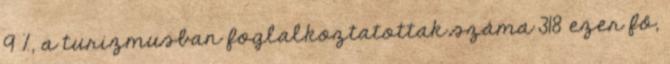
9 %, a turizmusban foglalkoztatottak száma 318 ezer fő,